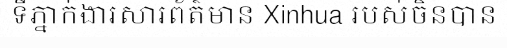
ទីភ្នាក់ងារសារព័ត៌មាន Xinhua របស់ចិនបាន